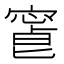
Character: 𡪥